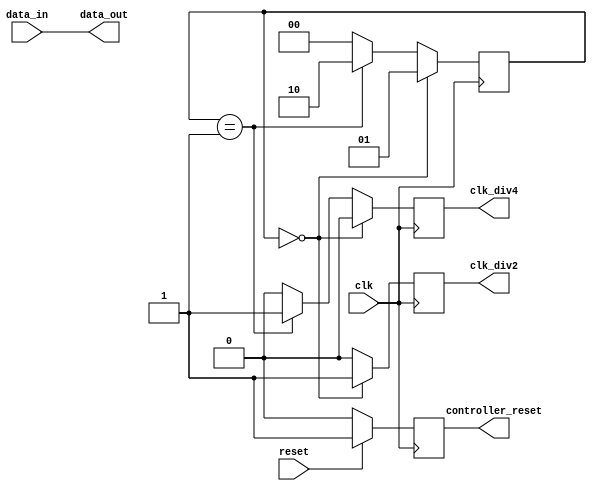
module timing_control_and_synchronization (
    input wire clk,
    input wire reset,
    
    // Clock divider block
    output wire clk_div2,
    output wire clk_div4,
    
    // Reset generation logic
    output reg controller_reset,
    
    // Synchronization logic
    input wire data_in,
    output wire data_out
);

reg [1:0] clk_counter;

always @(posedge clk) begin
    // Clock divider logic
    if (clk_counter == 2'd0) begin
        clk_counter <= 2'd1;
        clk_div2 <= 1'b1;
        clk_div4 <= 1'b0;
    end else if (clk_counter == 2'd1) begin
        clk_counter <= 2'd2;
        clk_div2 <= 1'b0;
        clk_div4 <= 1'b1;
    end else begin
        clk_counter <= 2'd0;
        clk_div2 <= 1'b0;
        clk_div4 <= 1'b0;
    end
    
    // Reset generation logic
    if (reset) begin
        controller_reset <= 1'b1;
    end else begin
        controller_reset <= 1'b0;
    end
end

// Synchronization logic (simple pass-through)
assign data_out = data_in;

endmodule